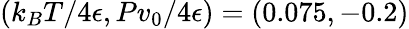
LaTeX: (k_{B}T/4\epsilon,Pv_{0}/4\epsilon)=(0.075,-0.2)